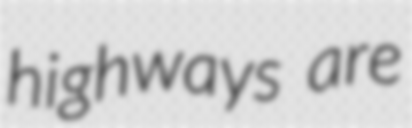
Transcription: highways are